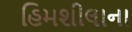
હિમશીલાના